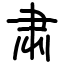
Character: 肃